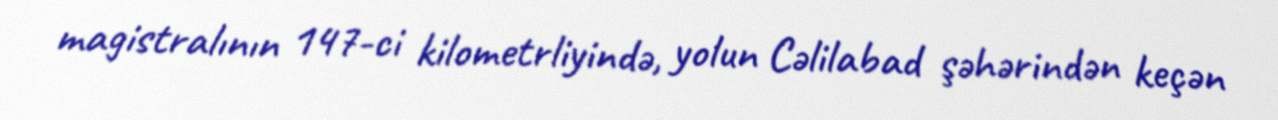
magistralının 147-ci kilometrliyində, yolun Cəlilabad şəhərindən keçən